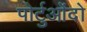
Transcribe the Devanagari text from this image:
पोर्टुओंदो